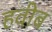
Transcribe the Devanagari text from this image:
हवीब